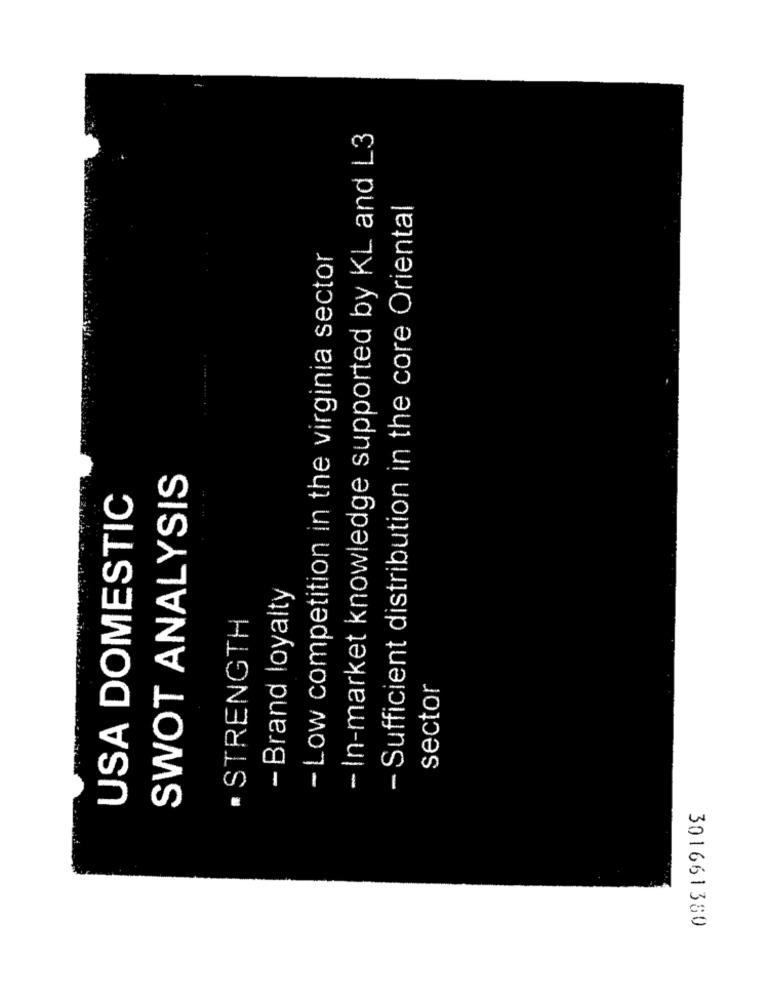
- In-market knowledge supported by KL and L3
- Sufficient distribution in the core Oriental
- Low competition in the virginia sector
SWOT ANALYSIS
USA DOMESTIC
- Brand loyalty
· STRENGTH
sector
301661380